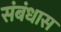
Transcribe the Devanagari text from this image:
संबंधास